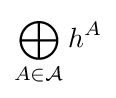
\bigoplus _{A\in {\mathcal {A}}}h^{A}